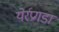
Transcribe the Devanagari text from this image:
येर्रप्रगडा